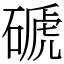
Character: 磃